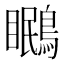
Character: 𭿱